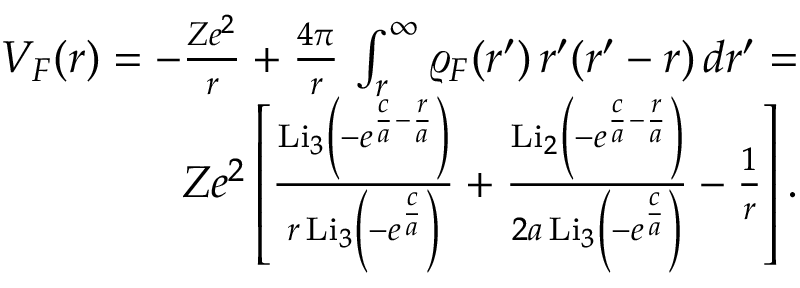
\begin{array} { r } { V _ { F } ( r ) = - \frac { Z e ^ { 2 } } { r } + \frac { 4 \pi } { r } \, \int _ { r } ^ { \infty } \varrho _ { F } ( r ^ { \prime } ) \, r ^ { \prime } ( r ^ { \prime } - r ) \, d r ^ { \prime } = } \\ { Z e ^ { 2 } \left[ \frac { \mathrm { L i } _ { 3 } \left( - e ^ { \frac { c } { a } - \frac { r } { a } } \right) } { r \, \mathrm { L i } _ { 3 } \left( - e ^ { \frac { c } { a } } \right) } + \frac { \mathrm { L i } _ { 2 } \left( - e ^ { \frac { c } { a } - \frac { r } { a } } \right) } { 2 a \, \mathrm { L i } _ { 3 } \left( - e ^ { \frac { c } { a } } \right) } - \frac { 1 } { r } \right] . } \end{array}